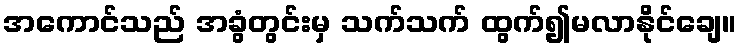
အကောင်သည် အခွံတွင်းမှ သက်သက် ထွက်၍မလာနိုင်ချေ။